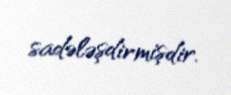
sadələşdirmişdir.